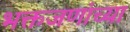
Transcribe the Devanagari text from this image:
भक्तजणांच्या